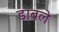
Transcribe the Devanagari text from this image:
डाबले